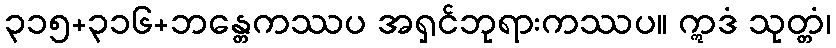
၃၁၅+၃၁၆+ဘန္တေကဿပ အရှင်ဘုရားကဿပ။ ဣဒံ သုတ္တံ၊